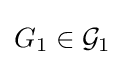
G_{1}\in {\mathcal {G}}_{1}